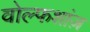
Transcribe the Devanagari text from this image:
वोल्फशांज़